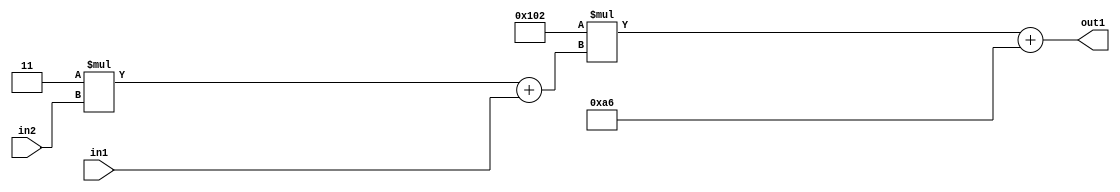
`timescale 1ps / 1ps
/*****************************************************************************
    Verilog RTL Description
    
    
    Created by: Stratus DpOpt 2019.1.01 
*******************************************************************************/

module DC_Filter_Add2i166Mul2i258Add2u1Mul2i3u2_1 (
	in2,
	in1,
	out1
	); /* architecture "behavioural" */ 
input [1:0] in2;
input  in1;
output [11:0] out1;
wire [11:0] asc001;
wire [3:0] asc002;

wire [3:0] asc002_tmp_0;
assign asc002_tmp_0 = 
	+(4'B0011 * in2);
assign asc002 = asc002_tmp_0
	+(in1);

wire [11:0] asc001_tmp_1;
assign asc001_tmp_1 = 
	+(12'B000100000010 * asc002);
assign asc001 = asc001_tmp_1
	+(12'B000010100110);

assign out1 = asc001;
endmodule

/* CADENCE  v7X0SgE= : u9/ySgnWtBlWxVPRXgAZ4Og= ** DO NOT EDIT THIS LINE ******/